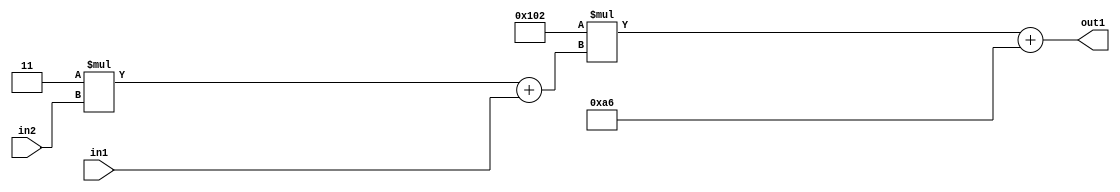
`timescale 1ps / 1ps
/*****************************************************************************
    Verilog RTL Description
    
    
    Created by: Stratus DpOpt 2019.1.01 
*******************************************************************************/

module DC_Filter_Add2i166Mul2i258Add2u1Mul2i3u2_1 (
	in2,
	in1,
	out1
	); /* architecture "behavioural" */ 
input [1:0] in2;
input  in1;
output [11:0] out1;
wire [11:0] asc001;
wire [3:0] asc002;

wire [3:0] asc002_tmp_0;
assign asc002_tmp_0 = 
	+(4'B0011 * in2);
assign asc002 = asc002_tmp_0
	+(in1);

wire [11:0] asc001_tmp_1;
assign asc001_tmp_1 = 
	+(12'B000100000010 * asc002);
assign asc001 = asc001_tmp_1
	+(12'B000010100110);

assign out1 = asc001;
endmodule

/* CADENCE  v7X0SgE= : u9/ySgnWtBlWxVPRXgAZ4Og= ** DO NOT EDIT THIS LINE ******/